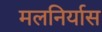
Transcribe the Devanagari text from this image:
मलनिर्यास